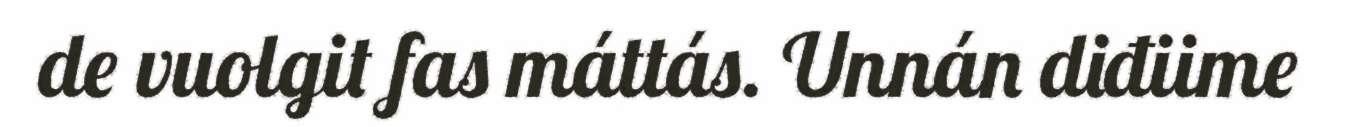
de vuolgit fas máttás. Unnán diđiime